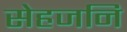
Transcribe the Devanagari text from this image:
सेहजनि